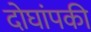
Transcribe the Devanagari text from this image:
दोघांपकी